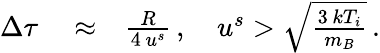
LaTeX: \begin{array}{rlr}{\Delta\tau}&{{}\approx}&{\frac{R}{4\, u^{s}}\, ,\quad u^{s}>\sqrt{\frac{3\, kT_{i}}{m_{B}}}\, .}\end{array}